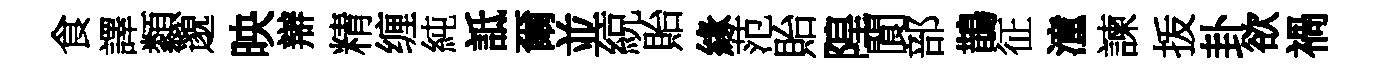
食譯纇邈映辯精缠純詆爾並綂貽緣范貽隍閬部鵲征潼諫㧞卦欲禍